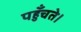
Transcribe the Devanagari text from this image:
पहुँचते।